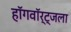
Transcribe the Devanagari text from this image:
हॉगवॉर्ट्‌जला